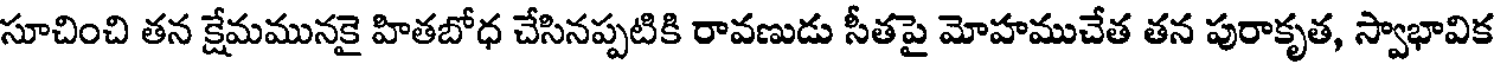
సూచించి తన క్షేమమునకై హితబోధ చేసినప్పటికి రావణుడు సీతపై మోహముచేత తన పురాకృత, స్వాభావిక